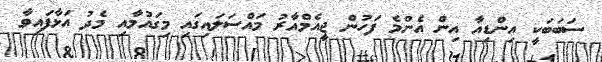
ސަބަބަކީ އިންޑިއާ އިން އެންމެ ފަހުން ޖީއެމްއާރު މައްސަލައިގައި މިގައުމާއި މެދު އަޅާފައިވާ